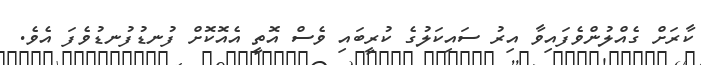
ކާރަށް ގެއްލުންވެފައިވާ އިރު ސައިކަލުގެ ކުރީބައި ވެސް އޮތީ އެއޮކޮށް ފުނޑުފުނޑުވެފަ އެވެ.